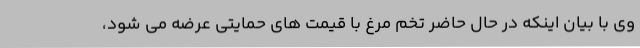
وی با بیان اینکه در حال حاضر تخم مرغ با قیمت های حمایتی عرضه می شود،